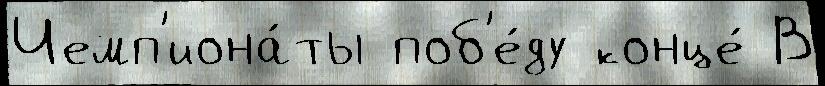
Чемп'иона́ты поб'е́ду конце́ В